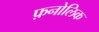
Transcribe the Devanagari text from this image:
फ़नोलिक